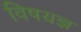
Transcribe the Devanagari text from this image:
विषयज्ञ